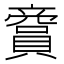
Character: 𧷞